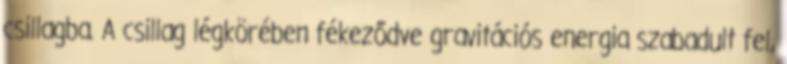
csillagba. A csillag légkörében fékeződve gravitációs energia szabadult fel,